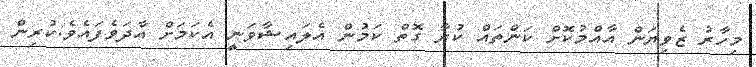
މިހާރު ޒެވިޔަން އާއްމުކޮށް ކަންތައް ކުރާ ގޮތް ކަމުން އެލައިޝާވަނީ އެކަމަށް އާދަވެފައެވެ.ކުރިން